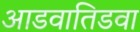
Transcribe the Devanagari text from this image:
आडवातिडवा